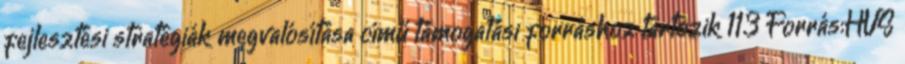
fejlesztési stratégiák megvalósítása című támogatási forráshoz tartozik 113 Forrás:HVS